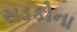
સડકોના